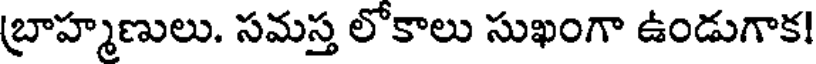
బ్రాహ్మణులు. సమస్త లోకాలు సుఖంగా ఉండుగాక!